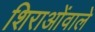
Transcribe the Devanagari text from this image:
शिराओंवाले